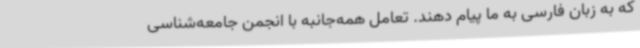
که به زبان فارسی به ما پیام دهند. تعامل همه‌جانبه با انجمن جامعه‌شناسی